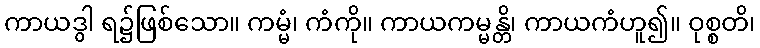
ကာယဒွါ ရ၌ဖြစ်သော။ ကမ္မံ၊ ကံကို။ ကာယကမ္မန္တိ၊ ကာယကံဟူ၍။ ဝုစ္စတိ၊